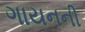
ગાયનની